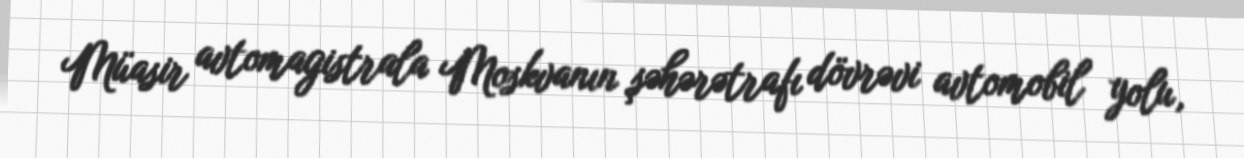
Müasir avtomagistrala Moskvanın şəhərətrafı dövrəvi avtomobil yolu,